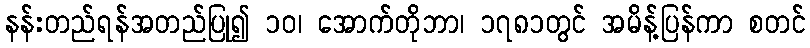
နန်းတည်ရန်အတည်ပြု၍ ၁၀၊ အောက်တိုဘာ၊ ၁၇၈၁တွင် အမိန့်ပြန်ကာ စတင်